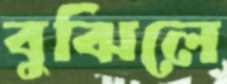
বুঝিলে